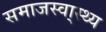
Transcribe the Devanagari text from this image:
समाजस्वा्स्थ्य